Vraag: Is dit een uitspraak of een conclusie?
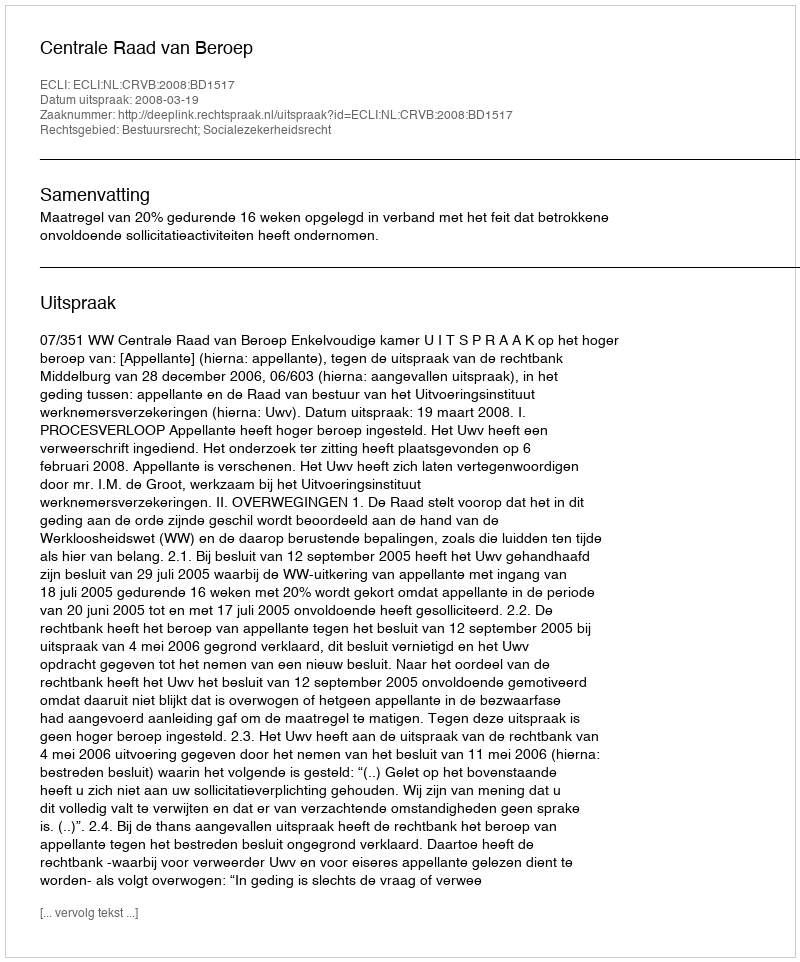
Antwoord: Uitspraak